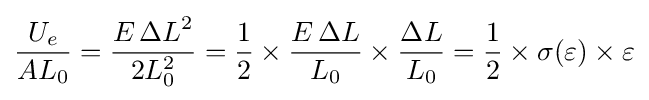
{\frac {U_{e}}{AL_{0}}}={\frac {E\,{\Delta L}^{2}}{2L_{0}^{2}}}={\frac {1}{2}}\times {\frac {E\,{\Delta L}}{L_{0}}}\times {\frac {\Delta L}{L_{0}}}={\frac {1}{2}}\times \sigma (\varepsilon )\times \varepsilon